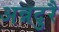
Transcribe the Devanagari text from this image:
अन्नदुरै